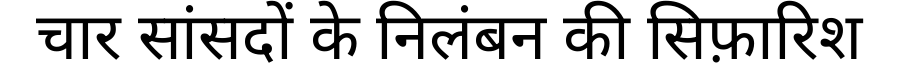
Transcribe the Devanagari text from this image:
चार सांसदों के निलंबन की सिफ़ारिश